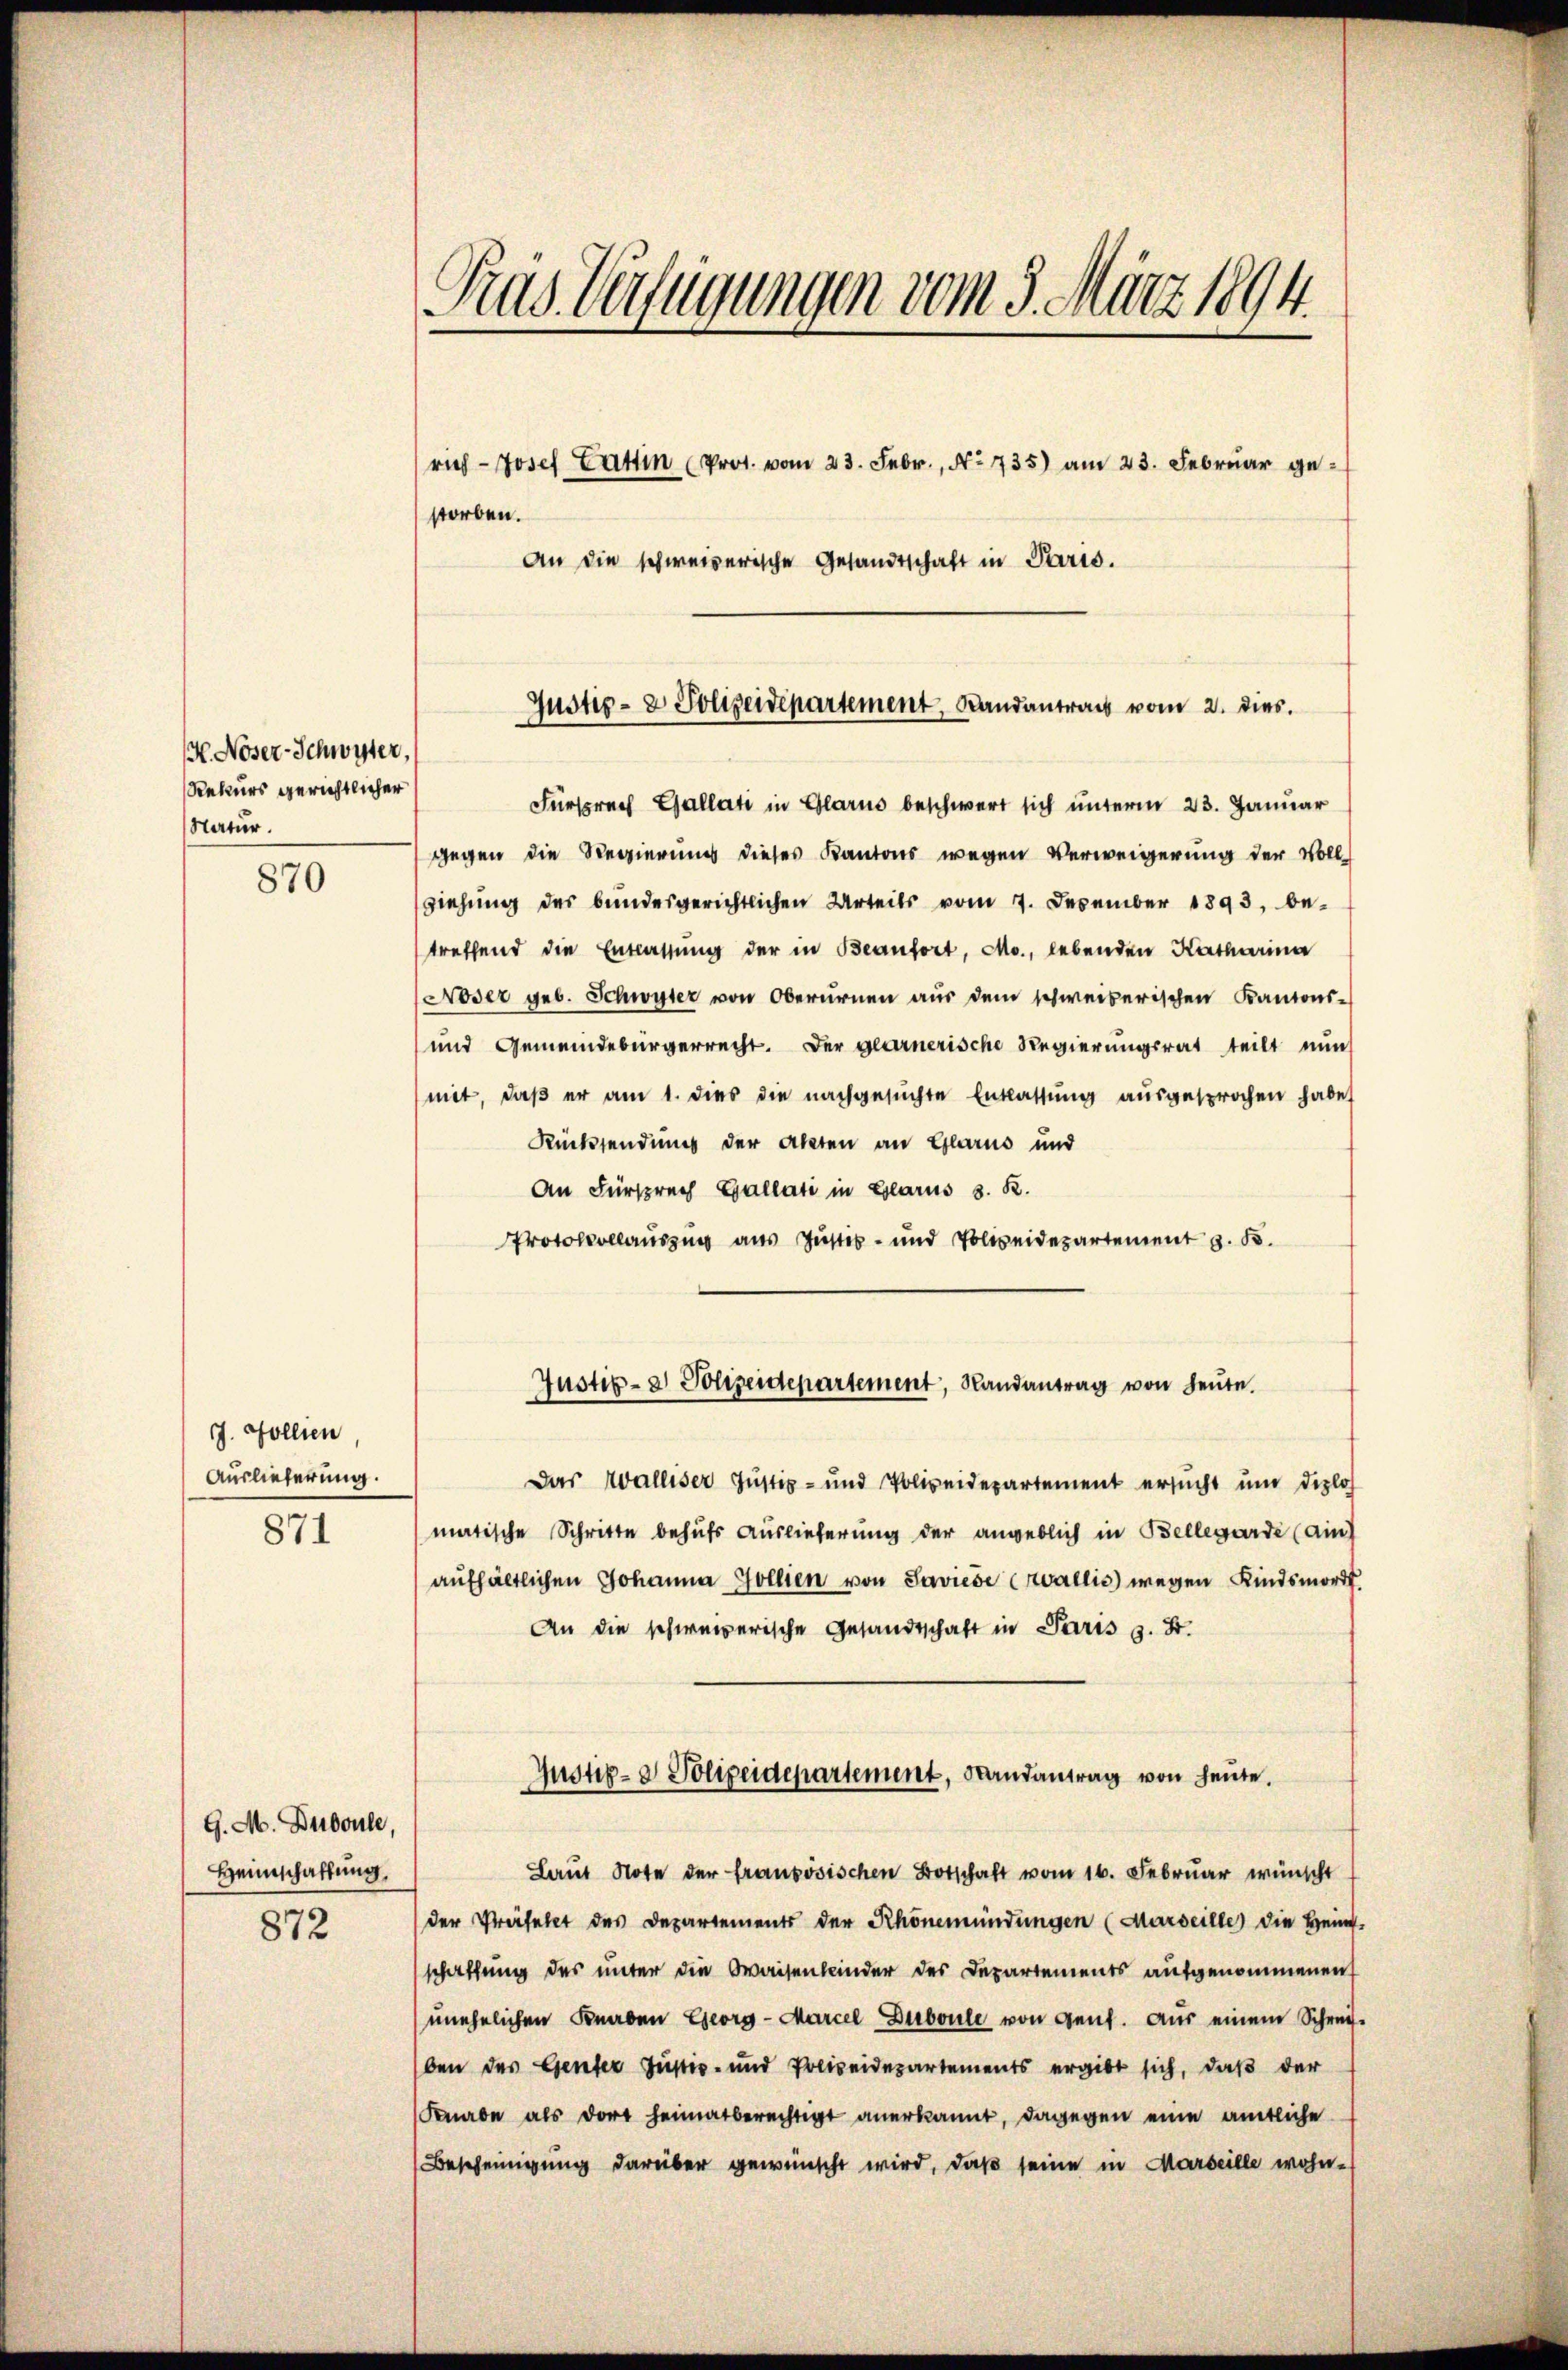
H. Nöser-Schwyzer,
Rekurs gerichtlicher
Natur

870

J. Pollien
Auslieferung.

871

G. M. Duboule,
Heimschaffung.

872

Pras Verfügungen vom 3. März 1894.

rich Josef Fattin (Prot. vom 23. Febr., No 735) am 23. Februar gestorben.
An die schweizerische Gesandtschaft in Paris.

Justiz- & Polizeidepartement, Landantrag vom 2. dies

Fürsprach Gallati in Glarus beschwert sich unterm 23. Januar
gegen die Regierung dieses Kantons wegen Verweigerung der Vollziehung des bundesgerichtlichen Urteils vom 7. Dezember 1893, be-
treffend die Entlassung der in Beanfort, Mo., lebenden Katharina
Noser geb. Schwyter von Oberurnen aus dem schweizerischen Kantons-
und Gemeindebürgerrecht. Der Glarnerische Regierungsrat teilt nun
mit, daβ er am 1. dies die nachgesŭchte Entlassŭng aŭsgesprochen habe,
Rücksendung der Akten an Glarus und
An Fürsprech Gallati in Glarus 3. R.
Protokollauszug aus Justiz- und Polizeidepartement z. B.

Justiz- & Polizeidepartement, Randantrag von heŭte.

Das Walliser Justiz- und Polizeidepartement ersucht um diplos
matische Schritte behufs Auslieferung der angeblich in Bellegarde (ain
aufhältlichen Johanna Gollien von Saviese Wallis) wegen Kindsmord
An die schweizerische Gesandtschaft in Paris s. S.
Laut Note der französischen Botschaft vom 16. Februar wünscht
der Präfekt des Departements der Rhönemündungen (Marseille die Heim-
schaffung des unter die Waisenbinder des Departements aufgenommenen
unehelichen Knaben Georg - Marcel Duboule von Gent. Aus einem Schreiben des Genter Justiz- und Polizeidepartements ergibt sich, daß der
Knabe als dort heimatberechtigt anerkannt, dagegen eine amtliche
Bescheinigung darüber gewünscht wird, daß seine in Marseille wohn-

Justiz- & Polizeidepartement, Randantrag von heute.